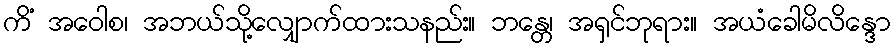
ကိံ အဝေါစ၊ အဘယ်သို့လျှောက်ထားသနည်း။ ဘန္တေ၊ အရှင်ဘုရား။ အယံခေါမိလိန္ဒော